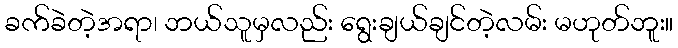
ခက်ခဲတဲ့အရာ၊ ဘယ်သူမှလည်း ရွေးချယ်ချင်တဲ့လမ်း မဟုတ်ဘူး။